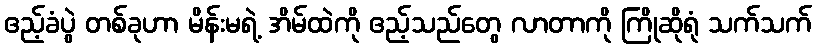
ဧည့်ခံပွဲ တစ်ခုဟာ မိန်းမရဲ့ အိမ်ထဲကို ဧည့်သည်တွေ လာတာကို ကြိုဆိုရုံ သက်သက်